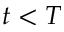
t < T